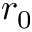
r _ { 0 }